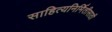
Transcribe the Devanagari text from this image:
साहित्यनिर्मितीसाठी